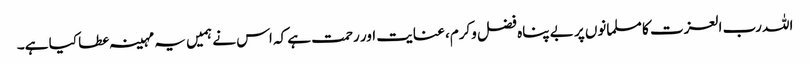
اللہ رب العزت کا مسلمانوں پر بے پناہ فضل وکرم، عنایت اور رحمت ہے کہ اس نے ہمیں یہ مہینہ عطا کیا ہے۔